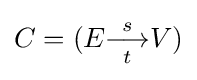
C=(E{\overset {s}{\underset {t}{\longrightarrow }}}V)